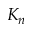
K _ { n }